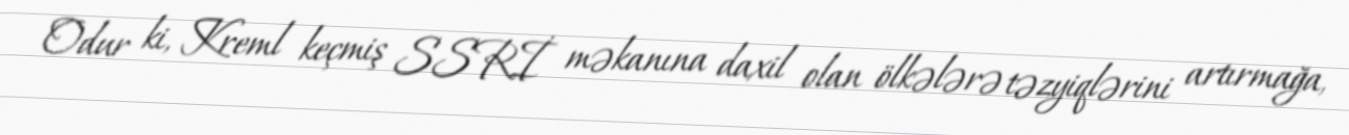
Odur ki, Kreml keçmiş SSRİ məkanına daxil olan ölkələrə təzyiqlərini artırmağa,